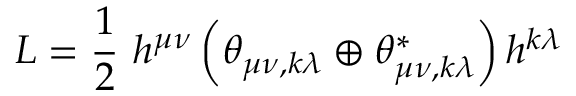
{ \cal L } = \frac { 1 } { 2 } \ h ^ { \mu \nu } \left( \theta _ { \mu \nu , k \lambda } \oplus \theta _ { \mu \nu , k \lambda } ^ { \ast } \right) h ^ { k \lambda }